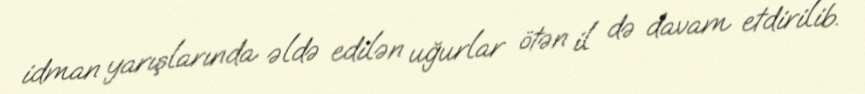
idman yarışlarında əldə edilən uğurlar ötən il də davam etdirilib.